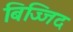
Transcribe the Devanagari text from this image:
बिज्जिद